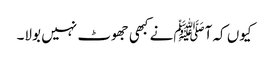
کیوں کہ آﷺنے کبھی جھوٹ نہیں بولا۔